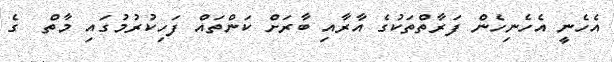
އެހެނީ އެހެނިހެން ފަރާތްތަކުގެ އާރާއި ބާރަށް ކަންތައް ފަހިކުރުމުގައި މާތް  ގެ